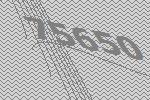
75650